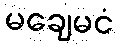
မချေမငံ